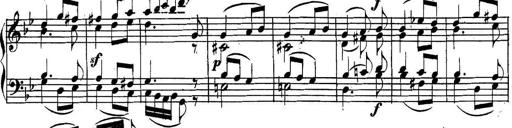
Title: Collected Piano Sonatas
Composer: Muzio Clementi